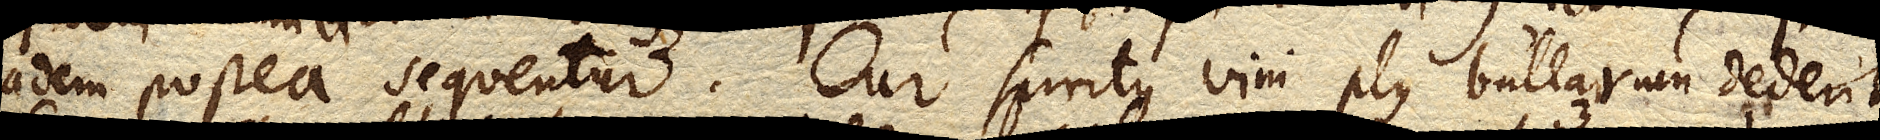
eadem postea sequentur. Cur spiritus vini plus bullarum dederit